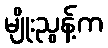
မျိုးညွန့်က